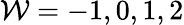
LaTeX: \mathcal{W}=-1,0,1,2